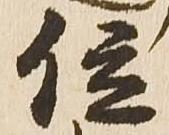
位